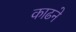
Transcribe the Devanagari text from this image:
काढने